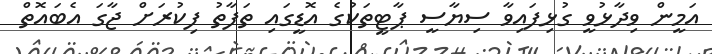
އަމީން ވިދާޅުވީ ގުޅިފައިވާ ސިޔާސީ ޕާޓީތަކުގެ އޮޑީގައި ތަފާތު ފިކުރަށް ޖާގަ އެބައޮތް